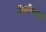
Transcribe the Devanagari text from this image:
तिरुन्निवल्ली